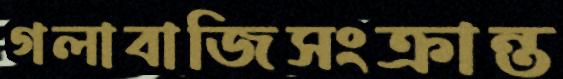
গলাবাজিসংক্রান্ত